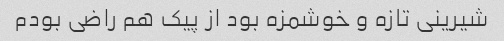
شیرینی تازه و خوشمزه بود از پیک هم راضی بودم